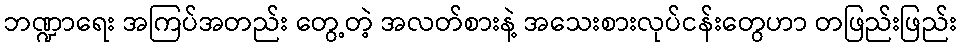
ဘဏ္ဍာရေး အကြပ်အတည်း တွေ့တဲ့ အလတ်စားနဲ့ အသေးစားလုပ်ငန်းတွေဟာ တဖြည်းဖြည်း